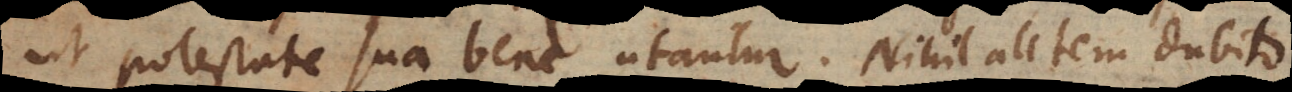
ut potestate sua bene utantur. Nihil autem dubito